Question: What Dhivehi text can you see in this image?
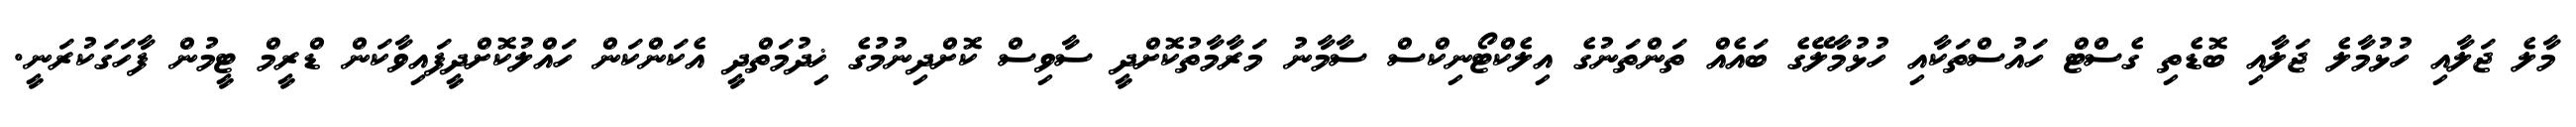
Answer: މާލެ ޖަލާއި ހުޅުމާލެ ޖަލާއި ބޮޑެތި ގެސްޓް ހައުސްތަކާއި ހުޅުމާލޭގެ ބައެއް ތަންތަނުގެ އިލެކްޓޯނިކްސް ސާމާނު މަރާމާތުކޮށްދީ ސާވިސް ކޮށްދިނުމުގެ ޚިދުމަތްދީ އެކަންކަން ހައްލުކޮށްދީފައިވާކަން ޑްރީމް ޓީމުން ފާހަގަކުރަނީ.